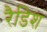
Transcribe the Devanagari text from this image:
रैडिश